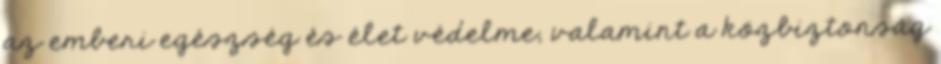
az emberi egészség és élet védelme, valamint a közbiztonság